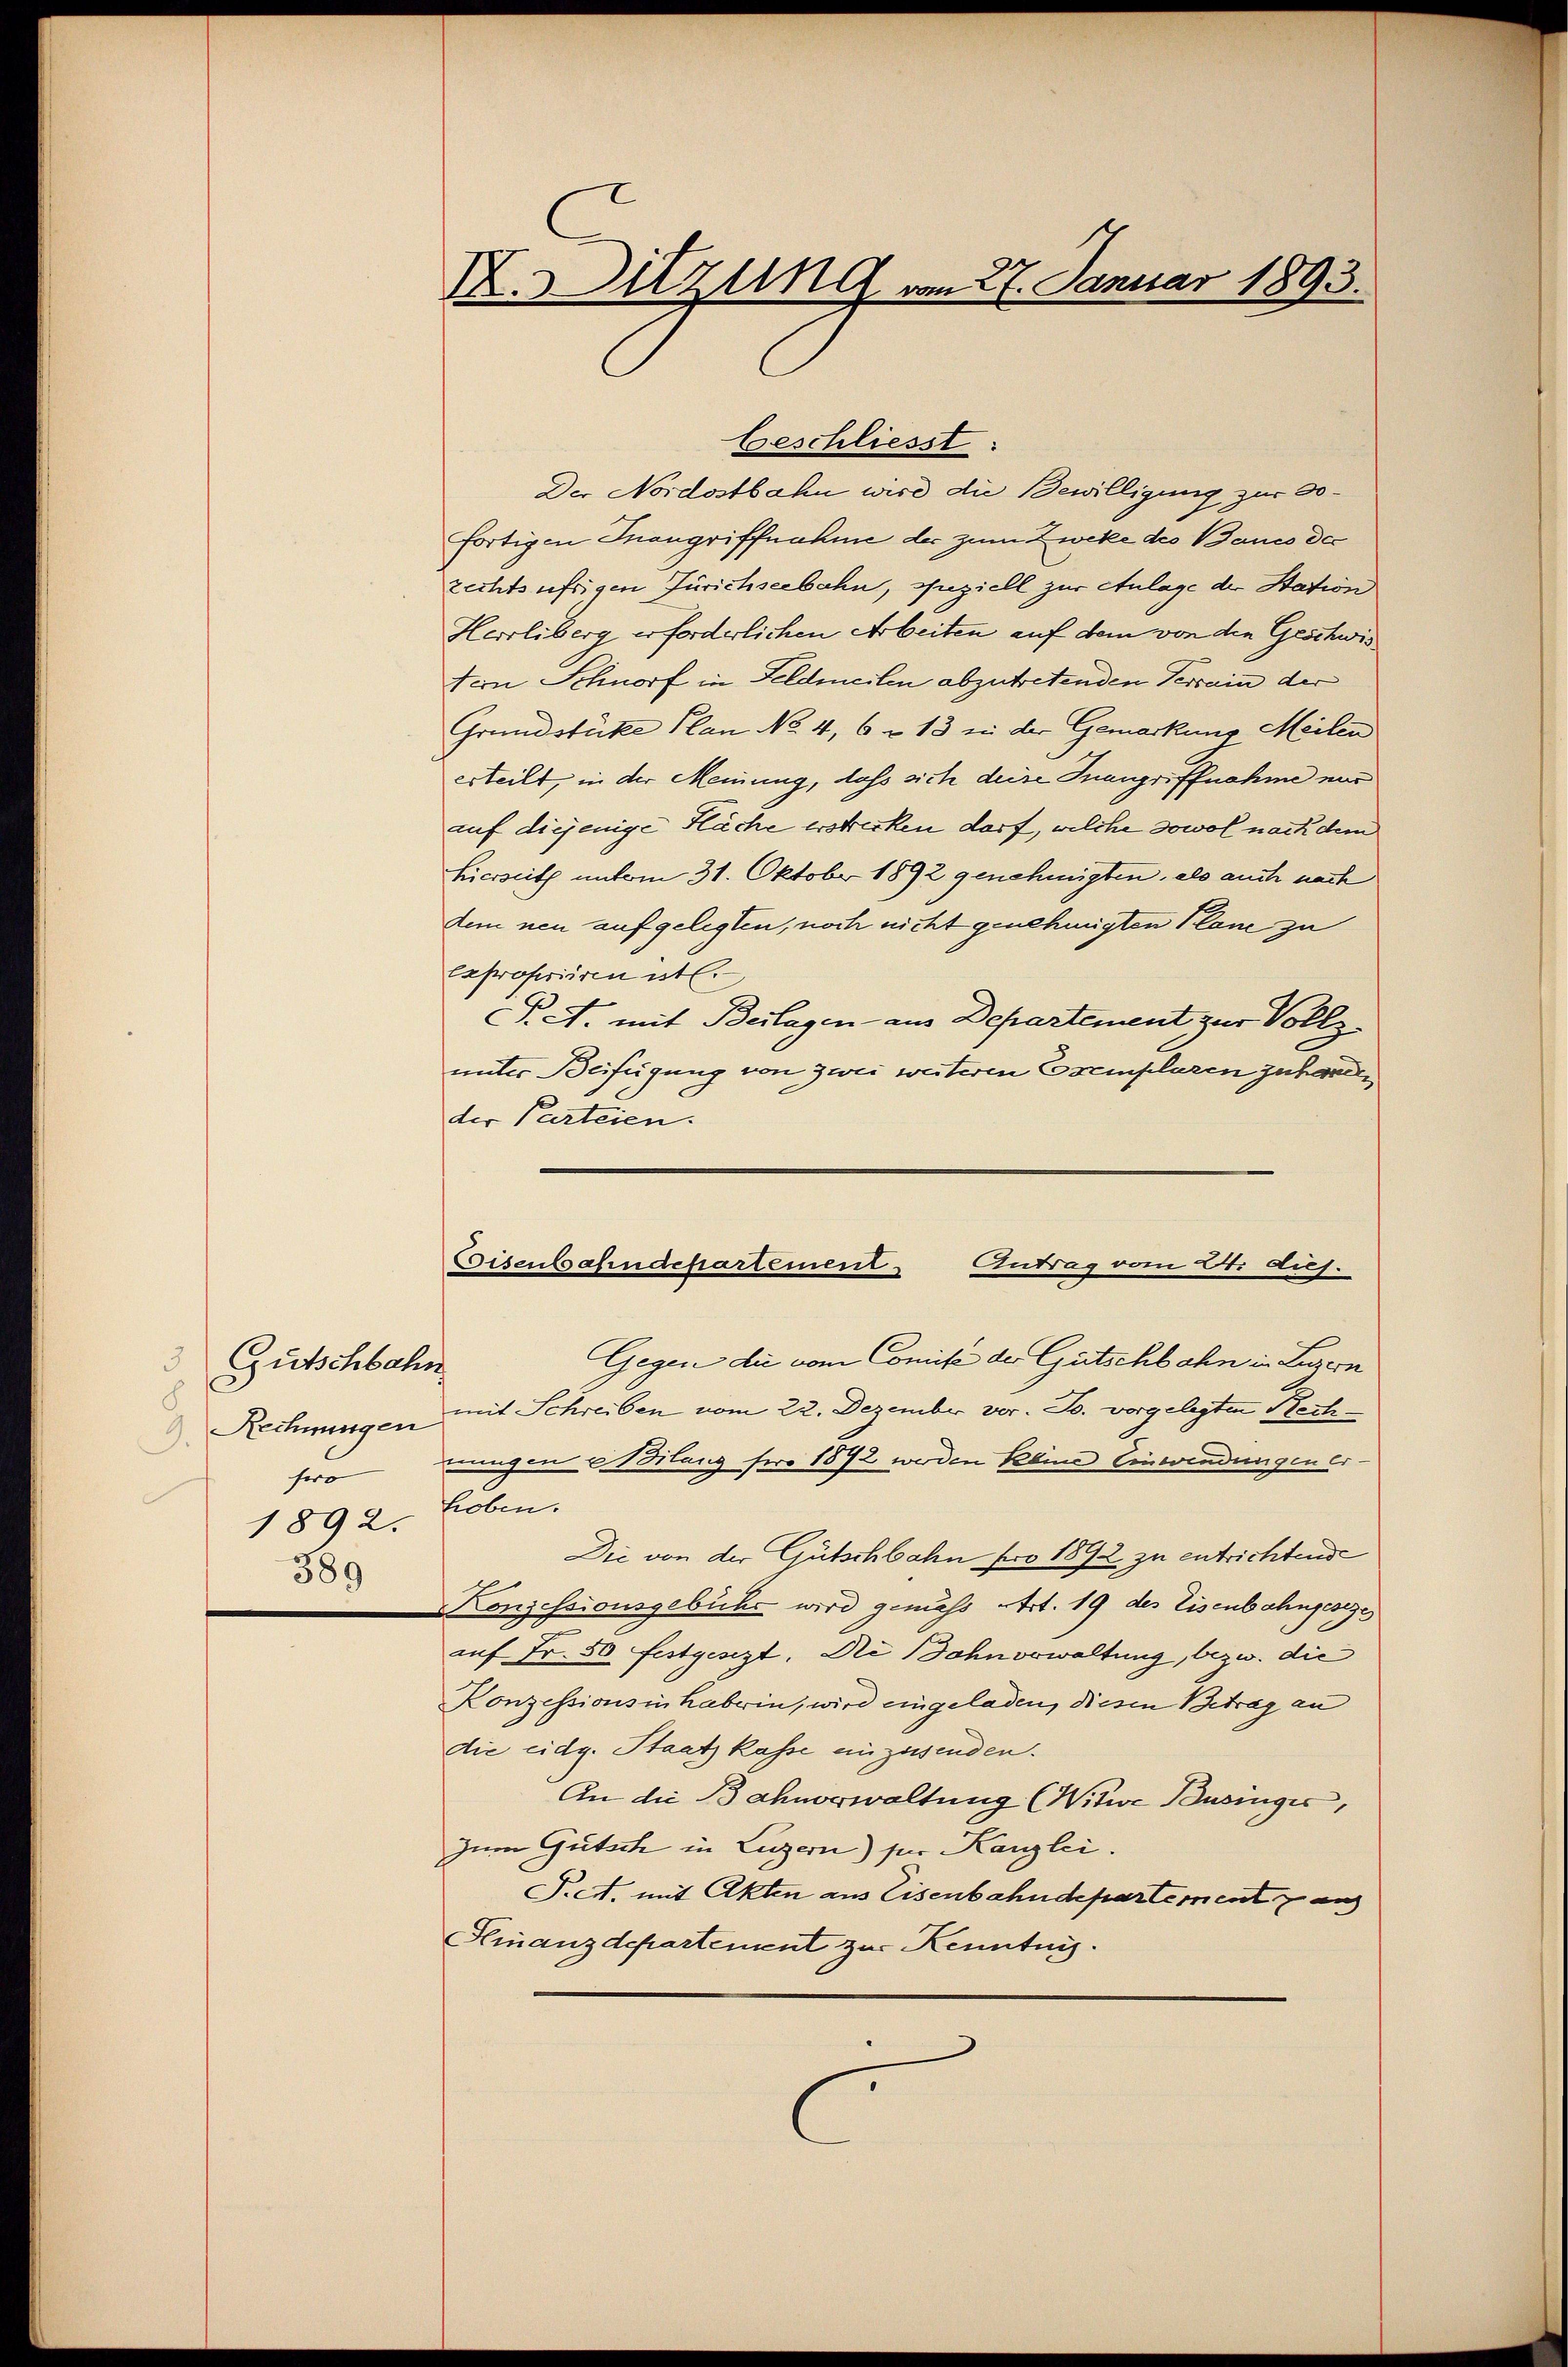
3 Gutschbahn
8
Rechnungen
9.
sero
1892.
389

.Sitzung am 27. Januar 1893.

beschliesst:
Der Nordostbahn wird die Bewilligung zur Sofortigen Inangriffnahme der zum Zweke des Baues der
zechtsufrigen Zürichseebahn, speziell zur Anlage der Station
Herrliberg erforderlichen Arbeiten auf dem von den Geschwis
tern Schnorf in Feldmeilen abzutretenden Terrain der
Grundstüke Plan No. 4, 6 – 13 zu der Gemarkung Meilen
erteilt, in der Meinung, dass sich deise Inangriffnahme nur
auf diejenige Küche erstrecken darf, welche sowol nach dem
Hierseith unterm 31. Oktober 1892 genehmigten, als auch nach
dem neu aufgelegten, noch nicht genehmigten Plane zu
Expropriiren etl
P.A. mit Beilagen aus Departement zur Vollz
unter Beifügung von zwei weiteren Exemplaren zuhanden
der Parteien.
Gegen die vom Comise der Gutschbahn in Luzern
mit Schreiben vom 22. Dezember vor. Js. vorgelegten Rechungen Bilang foro 1872 werden Peline Einwendungen erhoben.
Die von der Gütschbahn pro 1892 zu entrichtende
Konzessionsgebühr wird gemäß Art. 19 des Eisenbahngeseze
auf Fr. 50 festgesezt. Die Dohnorwaltung, bezw. die
Konzessionsin haberin, wird eingeladen, diesen Betrag an
die eidg. Staatskasse einzusenden.
An die Bahnerwaltung (Witwe Burniger,
zum Gütsch in Luzern) für Kanzlei.
Pett. mit Akten aus Eisenbahndepartement au
Finanzdepartement zur Kenntnis.

Eisenbahndepartement Antrag vom Sti dich.